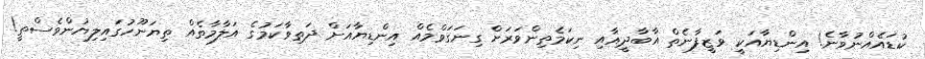
ކުޑައެއްނުވާނެ! އިންޑިޔާއަކީ ވަޒީފާނެތް އާބާދީއާއި ނިކަމެތިންވަރަށް ގިނަގަވްމެއް އިންޑިޔާއަށް ދަތިވާކަމުގެ އަލާމާތެއް ތިޔަނޫހުގައިލިޔުންވެސްތީ!